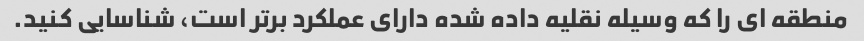
منطقه ای را که وسیله نقلیه داده شده دارای عملکرد برتر است، شناسایی کنید.